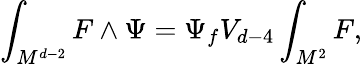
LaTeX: \int_{M^{d-2}}F\wedge\Psi=\Psi_{f}V_{d-4}\int_{M^{2}}F,